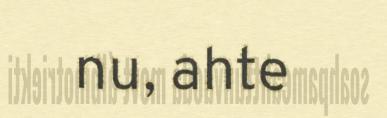
nu, ahte